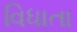
વિધાતા